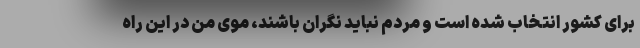
برای کشور انتخاب شده است و مردم نباید نگران باشند، موی من در این راه